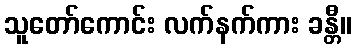
သူတော်ကောင်း လက်နက်ကား ခန္တီ။